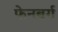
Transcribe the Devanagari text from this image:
फेनबर्ग